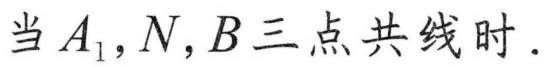
当\(A_{1},N,B\)三点共线时.